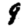
Digit: 9